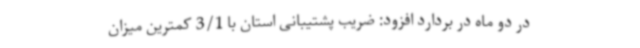
در دو ماه در بردارد افزود: ضریب پشتیبانی استان با 3/1 کمترین میزان